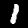
Label: 1